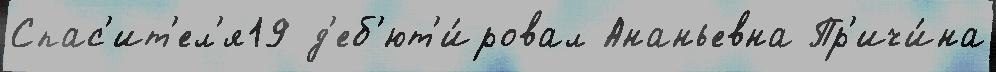
Спас'ит'ел'я19 д'еб'ют'и́ровал Ананьевна Пр'ичи́на